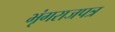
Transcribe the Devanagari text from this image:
भृंगराजपत्र